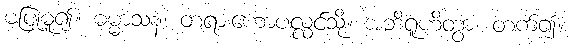
မပြုမူ၍။ ဓမ္မာသနံ၊ တရားဟောပလ္လင်သို့။ အဘိရူဟိတွာ၊ တက်၍။